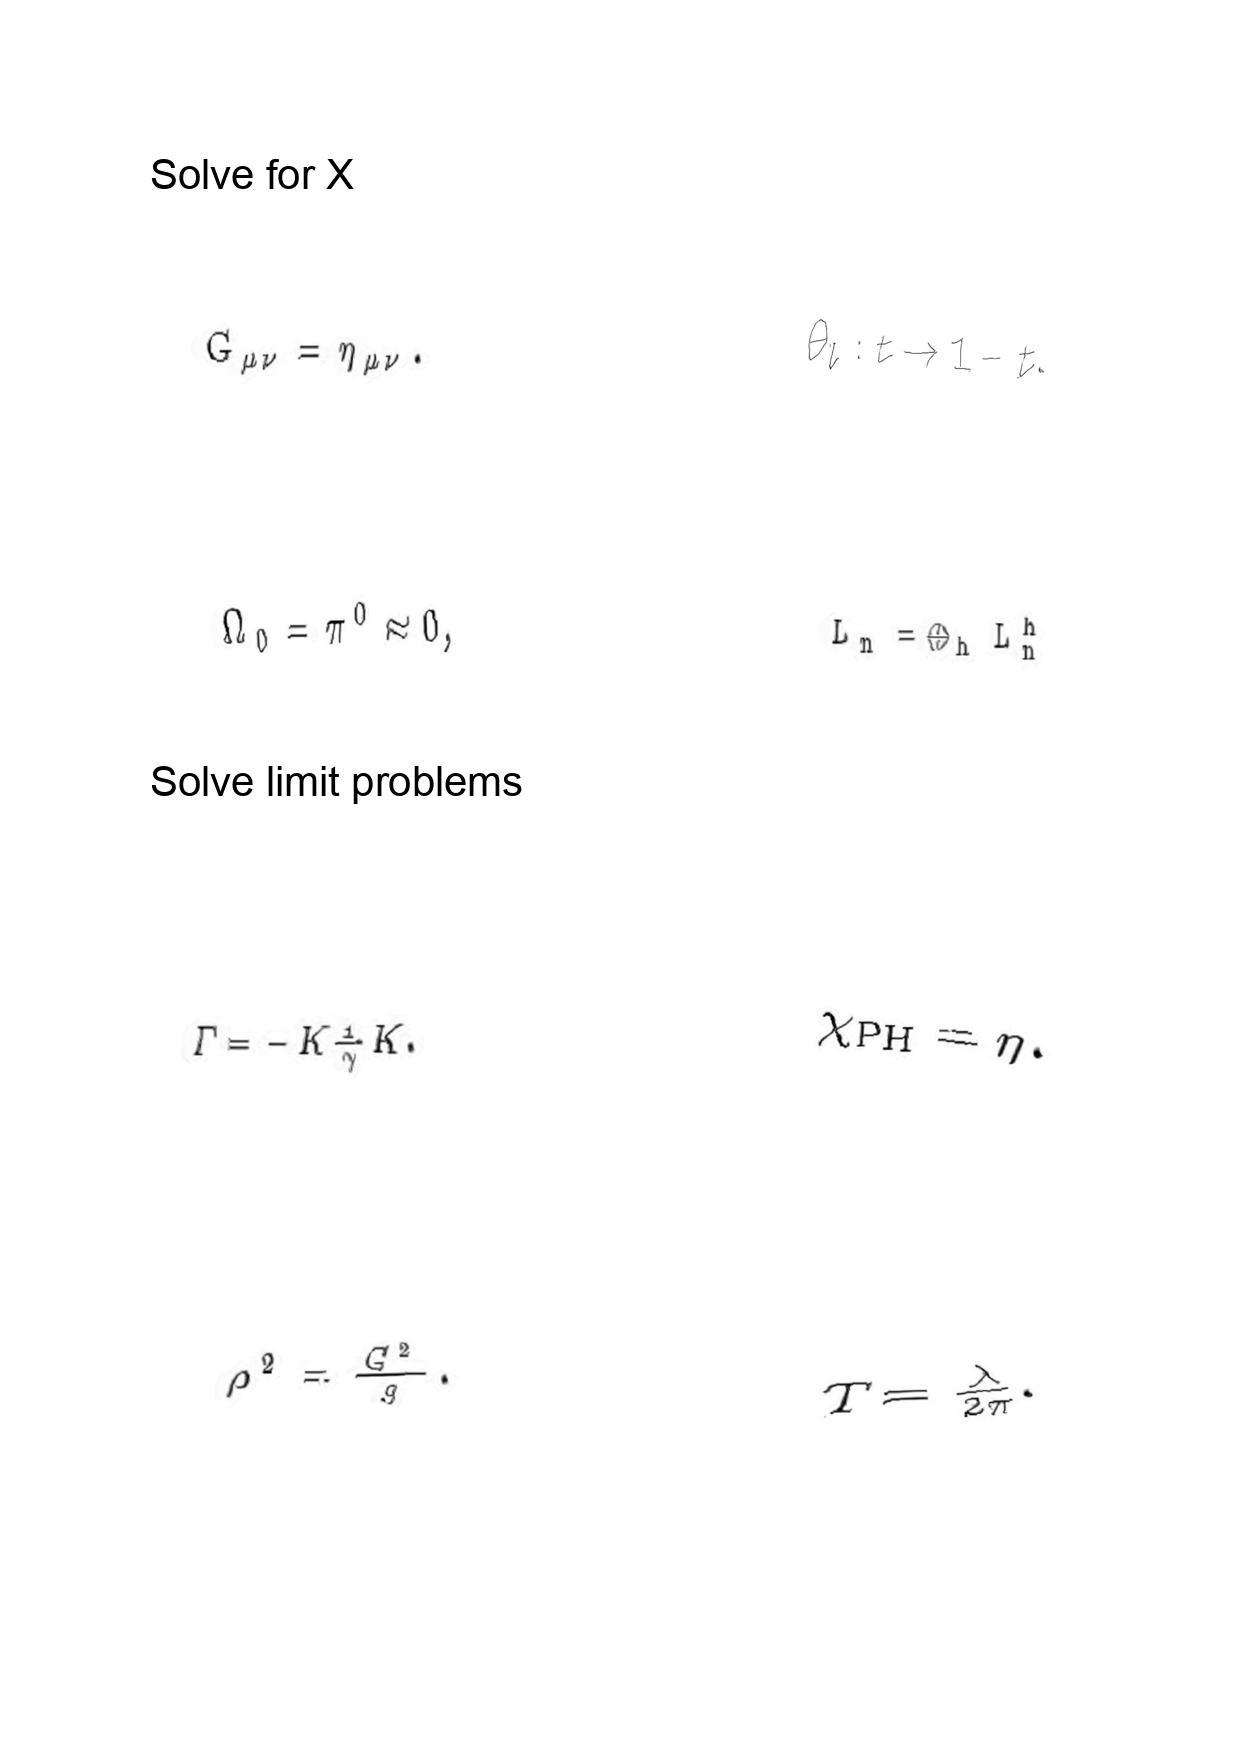
LaTeX transcription:
G _ { \mu \nu } = \eta _ { \mu \nu } .
\Omega _ { 0 } = \pi ^ { 0 } \approx 0 ,
\Gamma = - K \frac { 1 } { \gamma } K .
\rho ^ { 2 } = \frac { G ^ { 2 } } { g } .
\theta _ { l } : t \rightarrow 1 - t .
L _ { n } = \oplus _ { h } L _ { n } ^ { h }
\chi _ { \mathrm { P H } } = \eta .
T = \frac { \lambda } { 2 \pi } .